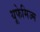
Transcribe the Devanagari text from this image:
यूफेमिज्म